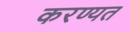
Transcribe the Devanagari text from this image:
करण्यत